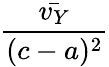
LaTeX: \frac{\bar{v_{Y}}}{(c-a)^{2}}